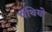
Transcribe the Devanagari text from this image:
पंथियो